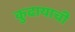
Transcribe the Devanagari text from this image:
कुढायाची